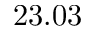
2 3 . 0 3